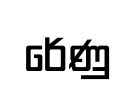
රේණු